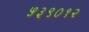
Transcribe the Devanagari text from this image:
५३९०१२